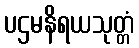
ပဌမနိရယသုတ္တံ